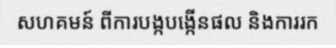
សហគមន៍ ពីការបង្កបង្កើនផល និងការរក